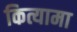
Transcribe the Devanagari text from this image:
कित्यामा